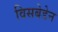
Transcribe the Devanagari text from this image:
विसबेडेन